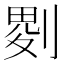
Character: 𠞅